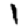
Digit: 1